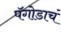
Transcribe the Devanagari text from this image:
पॅगोडाचं